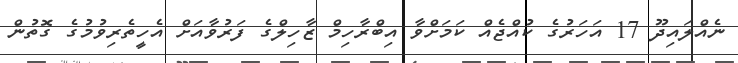
ނެއްލައިދޫ 17 އަހަރުގެ ކުއްޖެއް ކަމަށްވާ އިބްރާހިމް ޒާހިލްގެ ފަރުވާއަށް އެހީތެރިވުމުގެ ގޮތުން